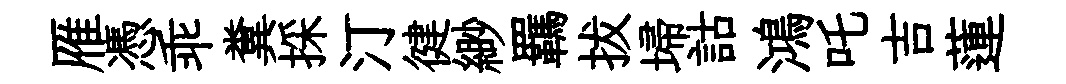
雁憑乖糞採汀徤緲羈拔埽詁鴻吒吉蓮